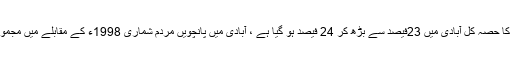
کراچی کی آبادی 98 لاکھ سے بڑھ کر ایک کروڑ 70 لاکھ سے زائد ہوگئی ہے ، مجموعی طور پر سندھ کا حصہ کل آبادی میں 23فیصد سے بڑھ کر 24 فیصد ہو گیا ہے ، آبادی میں پانچویں مردم شماری 1998ء کے مقابلے میں مجموعی طور پرتقریباً 60 فیصد اضافہ ہوا ہے ، پنجاب کے سوا دیگر صوبوں میں شرح اضافہ کافی زیادہ ہے۔